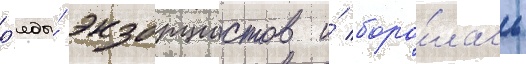
р'яды́ экзорцистов и́ боро́лась